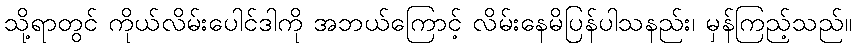
သို့ရာတွင် ကိုယ်လိမ်းပေါင်ဒါကို အဘယ်ကြောင့် လိမ်းနေမိပြန်ပါသနည်း၊ မှန်ကြည့်သည်။